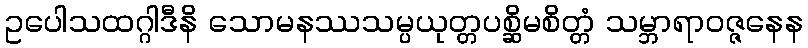
ဥပေါသထဂ္ဂါဒီနိ သောမနဿသမ္ပယုတ္တပစ္ဆိမစိတ္တံ သမ္ဘာရာဝဇ္ဇနေန